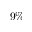
9 \%